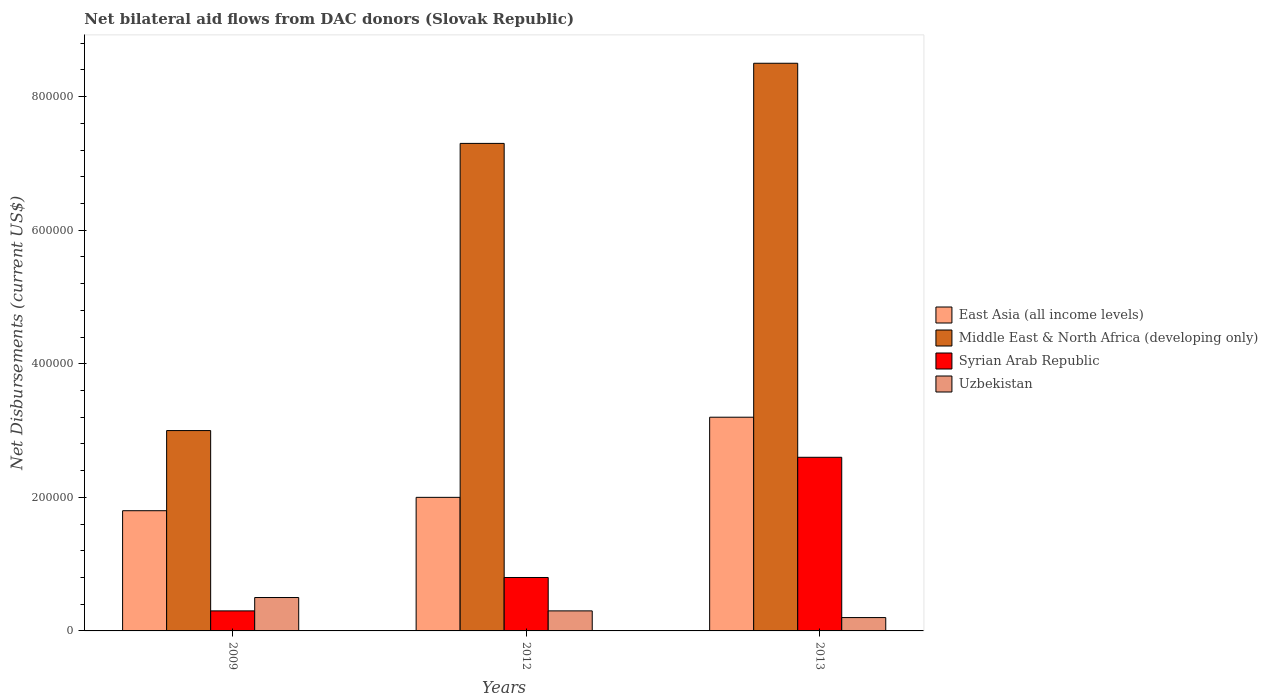
| Years | East Asia (all income levels) | Middle East & North Africa (developing only) | Syrian Arab Republic | Uzbekistan |
 | --- | --- | --- | --- | --- |
 | 2009 | 1.8e+05 | 3e+05 | 3e+04 | 5e+04 |
 | 2012 | 2e+05 | 7.3e+05 | 8e+04 | 3e+04 |
 | 2013 | 3.2e+05 | 8.5e+05 | 2.6e+05 | 2e+04 |